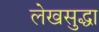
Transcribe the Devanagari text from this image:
लेखसुद्धा